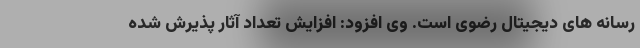
رسانه های دیجیتال رضوی است. وی افزود: افزایش تعداد آثار پذیرش شده